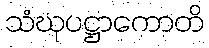
သံဃုပဋ္ဌာကောတိ